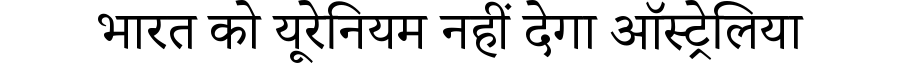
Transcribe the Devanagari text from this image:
भारत को यूरेनियम नहीं देगा ऑस्ट्रेलिया